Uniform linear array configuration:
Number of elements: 4
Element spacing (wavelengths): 0.75
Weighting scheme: binomial
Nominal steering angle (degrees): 45
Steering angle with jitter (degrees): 46.601
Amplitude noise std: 0.05
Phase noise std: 0.05

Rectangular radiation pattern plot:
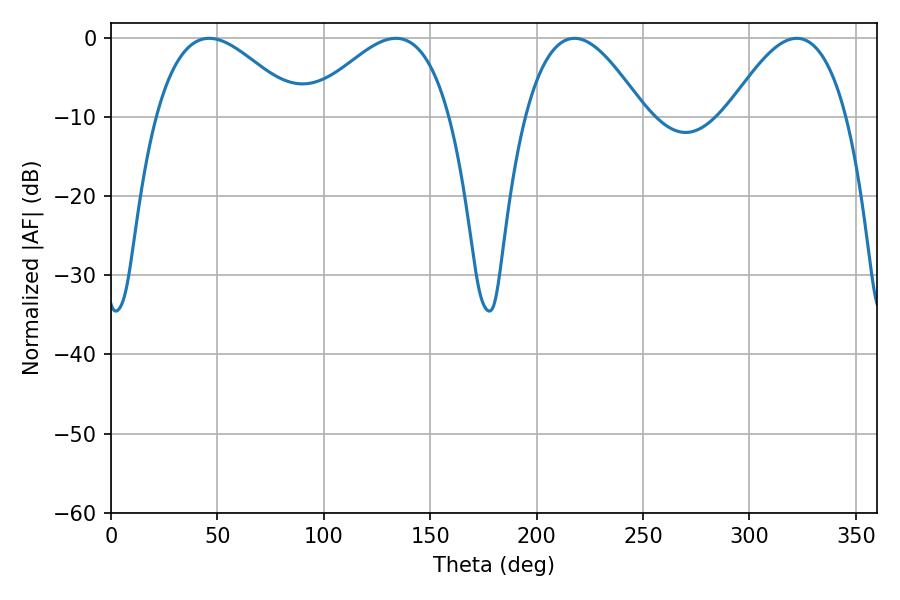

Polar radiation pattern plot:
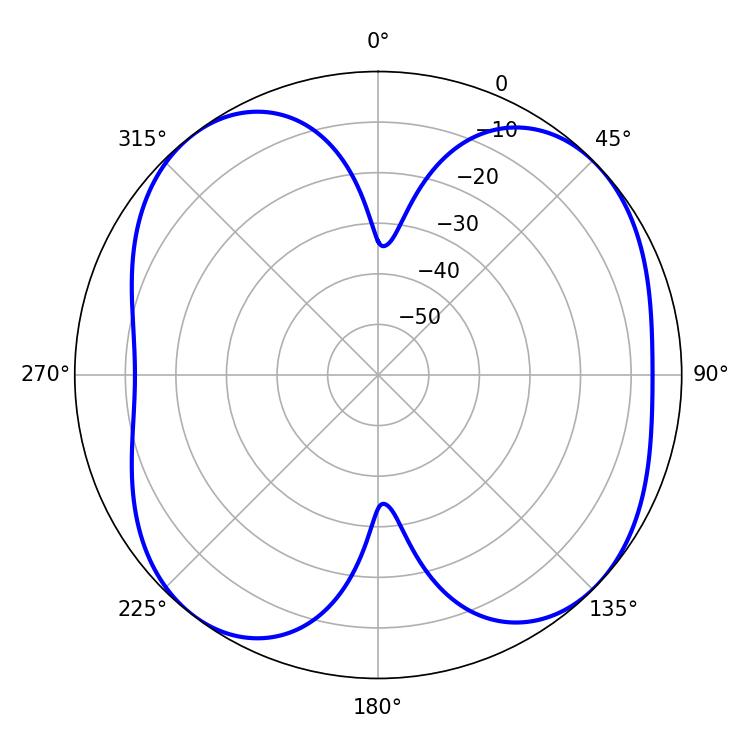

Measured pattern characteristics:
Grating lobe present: TRUE
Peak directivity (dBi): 8.381
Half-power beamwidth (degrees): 30.6
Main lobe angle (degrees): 217.8